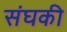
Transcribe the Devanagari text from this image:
संघकी